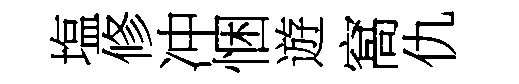
塩修冲悃遊窩仇